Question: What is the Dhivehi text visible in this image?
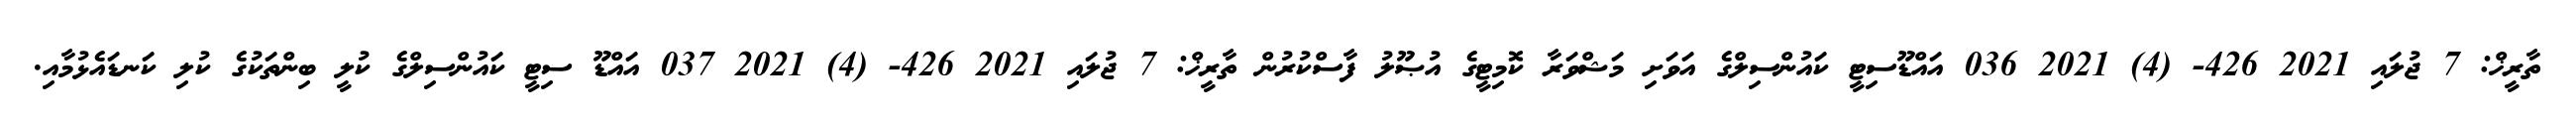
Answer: ތާރީޚް: 7 ޖުލައި 2021 426- (4) 2021 036 އައްޑޫސިޓީ ކައުންސިލްގެ އަވަށި މަޝްވަރާ ކޮމިޓީގެ އުޞޫލު ފާސްކުރުން ތާރީޚް: 7 ޖުލައި 2021 426- (4) 2021 037 އައްޑޫ ސިޓީ ކައުންސިލްގެ ކުލީ ބިންތަކުގެ ކުލި ކަނޑައެޅުމާއި.